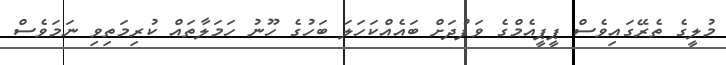
މުލީގެ ތެރޭގައިވެސް ޕީޕީއެމްގެ ވަފުދަށް ބައެއްކަހަލަ ބަހުގެ ހޫނު ހަމަލާތައް ކުރިމަތިވި ނަމަވެސް